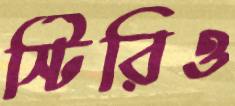
স্টিরিও